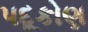
પદૂકોણ